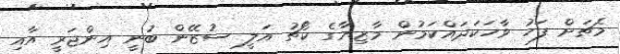
މެޗަށް ފަހު ވާހަކަދައްކަމުން މާޒިޔާގެ ކޯޗު އަލީ ސުޒޭން ބުނީ އިންޖަރީ އާއި